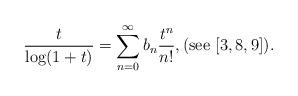
LaTeX: \begin{align*}\frac{t}{\log(1+t)} = \sum_{n=0}^\infty b_n \frac{t^n}{n!},(\textnormal{see} \,\, [3,8,9]).\end{align*}